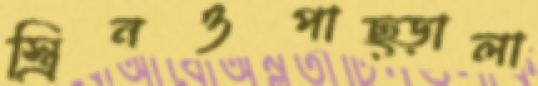
স্ত্রিনওপাছ্‌ড়ালা